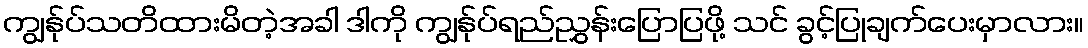
ကျွန်ုပ်သတိထားမိတဲ့အခါ ဒါကို ကျွန်ုပ်ရည်ညွှန်းပြောပြဖို့ သင် ခွင့်ပြုချက်ပေးမှာလား။